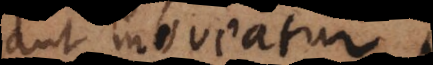
aut moveatur